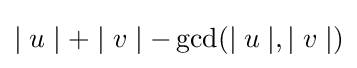
\mid u\mid +\mid v\mid -\gcd(\mid u\mid ,\mid v\mid )